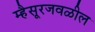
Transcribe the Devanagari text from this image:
म्हैसूरजवळील